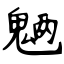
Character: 魉